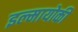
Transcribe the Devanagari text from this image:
इल्मायोकी